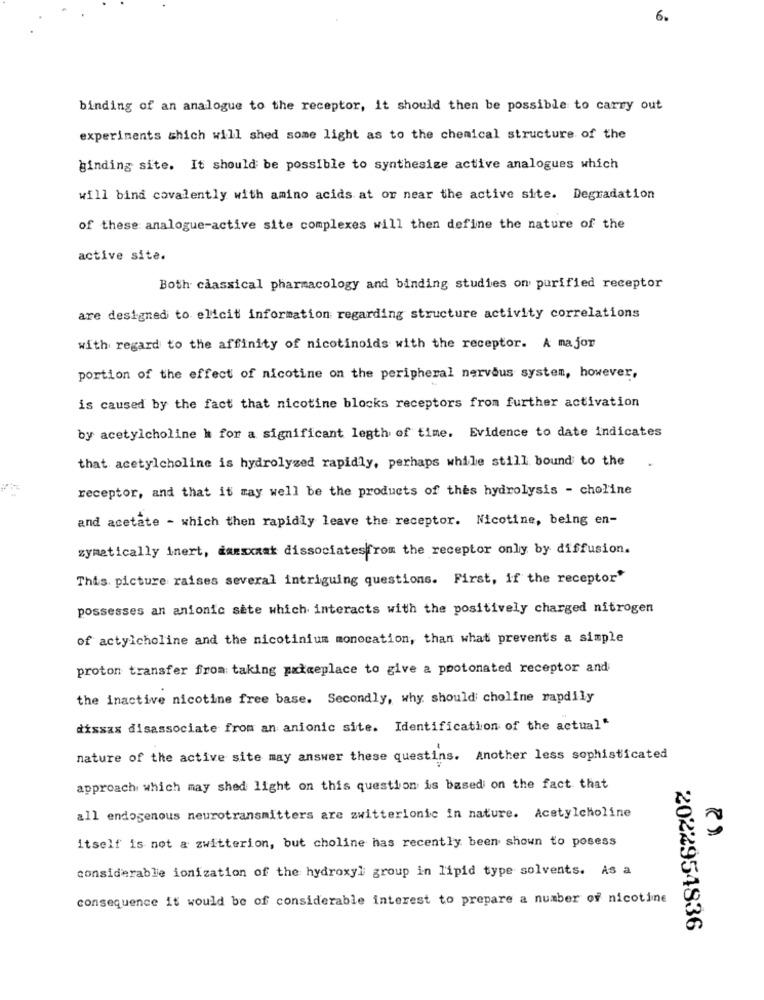
6.
binding of an analogue to the receptor, it should then be possible to carry out
experiments which will shed some light as to the chemical structure of the
Binding site. It should be possible to synthesize active analogues which
will bind covalently with amino acids at or near the active site. Degradation
of these: analogue-active site complexes will then define the nature of the
active site.
Both classical pharmacology and binding studies on purified receptor
are designed to elicit information regarding structure activity correlations
with regard to the affinity of nicotinoids with the receptor. A major
portion of the effect of nicotine on the peripheral nervous system, however,
is caused by the fact that nicotine blocks receptors from further activation
by acetylcholine k for a significant legth of time. Evidence to date indicates
that acetylcholine is hydrolyzed rapidly, perhaps while still bound to the
receptor, and that it may well be the products of thes hydrolysis - choline
and acetate - which then rapidly leave the receptor. Nicotine, being en-
zymatically inert, darxxxat dissociatesfrom the receptor only by diffusion.
This picture raises several intriguing questions. First, if the receptor"
possesses an anionic sete which interacts with the positively charged nitrogen
of actylcholine and the nicotinium monocation, than what prevents a simple
proton transfer from taking paigeplace to give a pootonated receptor and
the inactive nicotine free base. Secondly, why should choline rapdily
dissas disassociate from an anionic site. Identification of the actual"
nature of the active site may answer these questins. Another less sophisticated
approach which may shed light on this question is based on the fact that
all endogenous neurotransmitters are zwitterionic in nature. Acetylcholine
itself is not a zwitterion, but choline has recently been shown to posess
considerable ionization of the hydroxyl group in lipid type solvents. As a
consequence it would be of considerable interest to prepare a number of nicotine
2022954836